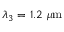
\lambda _ { 3 } = 1 . 2 ~ \mu \mathrm { m }